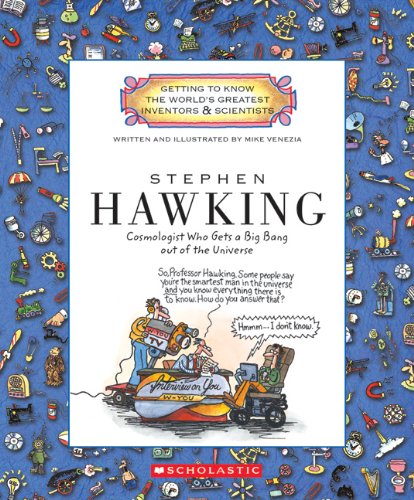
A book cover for Stephen Hawking: Cosmologist Who Gets a Big Bang Out of the Universe (Getting to Know the World's Greatest Inventors & Scientists); Mike Venezia; Children's Books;